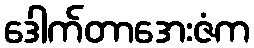
ဒေါက်တာအေးဇံက